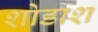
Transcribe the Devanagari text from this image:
शोडाश